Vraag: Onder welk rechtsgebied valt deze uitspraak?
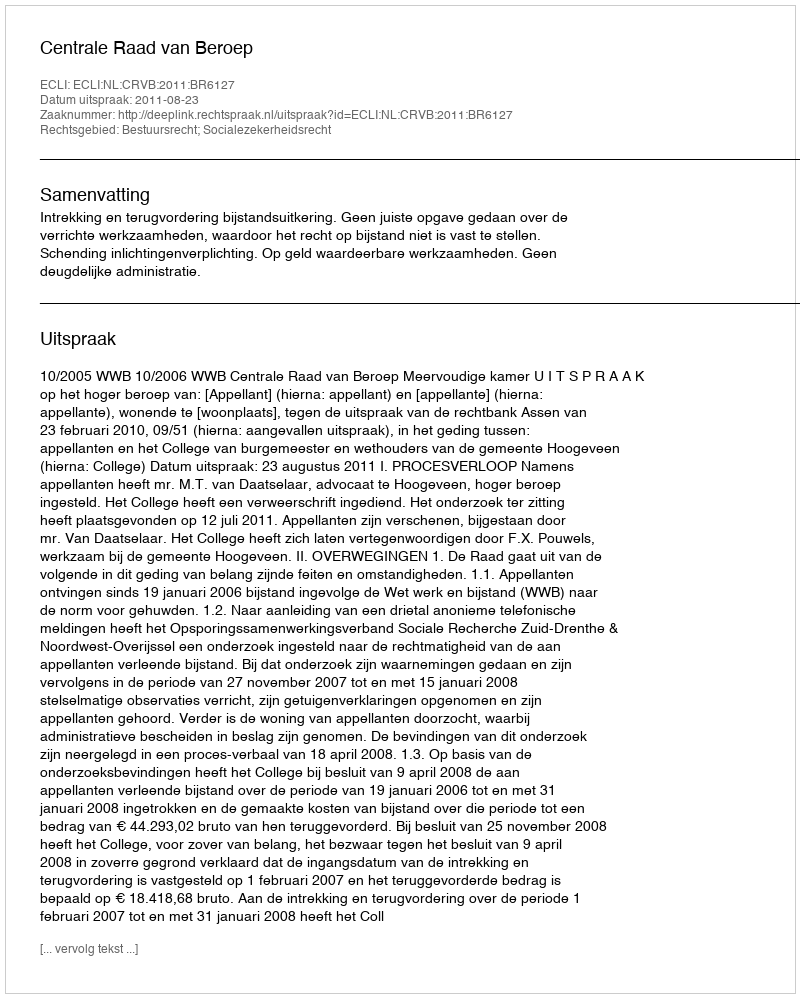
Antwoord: Bestuursrecht; Socialezekerheidsrecht